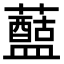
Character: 𧃗